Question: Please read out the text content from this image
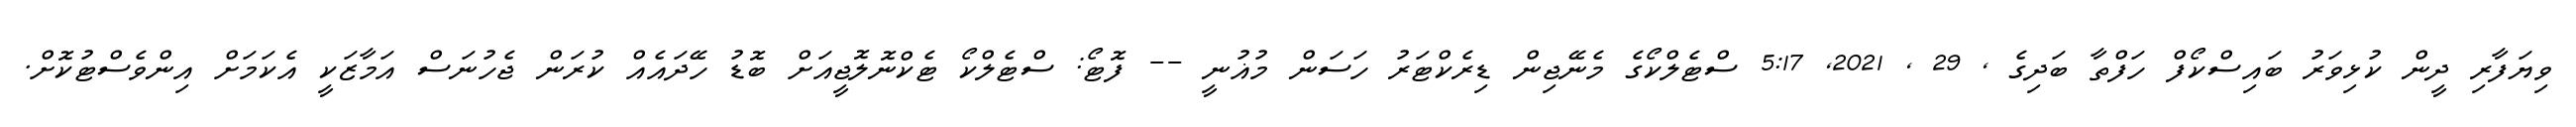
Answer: ވިޔަފާރި ދީން ކުޅިވަރު ބައިސްކޯފް ހަފްތާ ބަދިގެ , 29 , 2021, 5:17 ސްޓެލްކޯގެ މެނޭޖިން ޑިރެކްޓަރު ހަސަން މުޣުނީ -- ފޮޓޯ: ސްޓެލްކޯ ޓެކްނޮލޮޖީއަށް ބޮޑު ހޭދައެއް ކުރަން ޖެހުނަސް އަމާޒަކީ އެކަމަށް އިންވެސްޓުކޮށް.